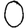
Digit: 0